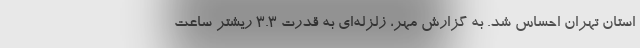
استان تهران احساس شد. به گزارش مهر، زلزله‌ای به قدرت ۳.۳ ریشتر ساعت